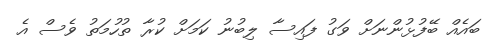
ބައެއް ބޭފުޅުންނަށް ވަގު ފައިސާ ލިބުނު ކަމަށް ކުރާ ތުހުމަތު ވެސް އެ